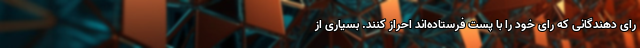
رای دهندگانی که رای خود را با پست فرستاده‌اند احراز کنند. بسیاری از